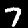
Digit: 7